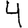
Digit: 4